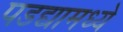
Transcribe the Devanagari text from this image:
पडद्यामध्ये